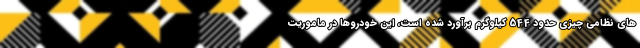
های نظامی چیزی حدود 544 کیلوگرم برآورد شده است، این خودروها در ماموریت